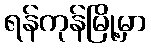
ရန်ကုန်မြို့မှာ